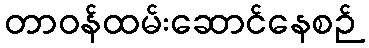
တာဝန်ထမ်းဆောင်နေစဉ်